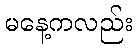
မနေ့ကလည်း